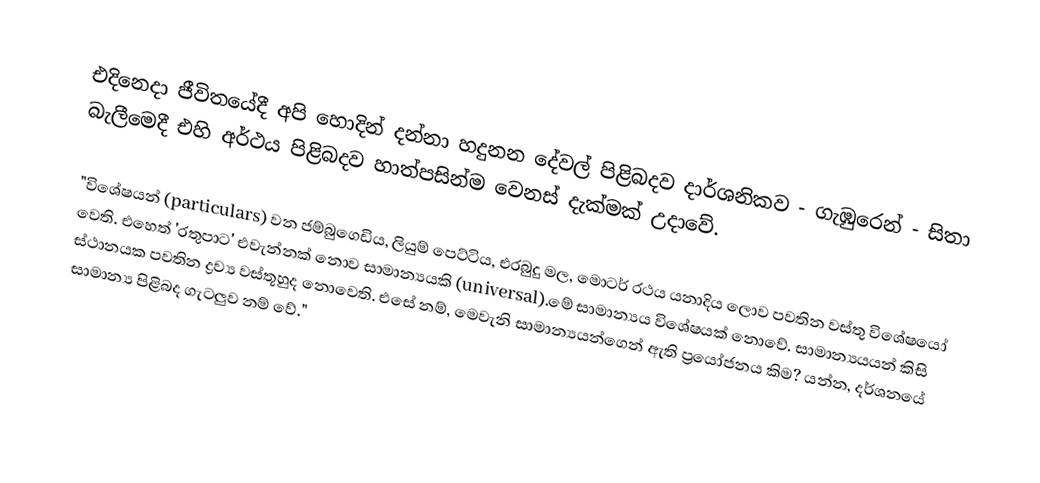
එදිනෙදා ජීවිතයේදී අපි හොදින් දන්නා හදුනන දේවල් පිළිබදව දාර්ශනිකව - ගැඹුරෙන් - සිතා බැලීමෙදී එහි අර්ථය පිළිබදව හාත්පසින්ම වෙනස් දැක්මක් උදාවේ.

"විශේෂයන් (particulars) වන ජම්බුගෙඩිය, ලියුම් පෙට්ටිය, එරබුදු මල, මොටර් රථය යනාදිය ලොව පවතින වස්තු විශේෂයෝ වෙති. එහෙත් 'රතුපාට' එවැන්නක් නොව සාමාන්‍යයකි (universal).මේ සාමාන්‍යය විශේෂයක් නොවේ. සාමාන්‍යයයන් කිසි ස්ථානයක පවතින ද්‍රව්‍ය වස්තූහුද නොවෙති. එසේ නම්, මෙවැනි සාමාන්‍යයන්ගෙන් ඇති ප්‍රයෝජනය කිම? යන්න, දර්ශනයේ සාමාන්‍ය පිළිබද ගැටලුව නම් වේ."